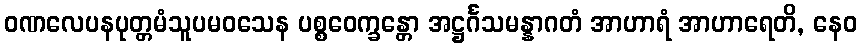
ဝဏလေပနပုတ္တမံသူပမဝသေန ပစ္စဝေက္ခန္တော အဋ္ဌင်္ဂသမန္နာဂတံ အာဟာရံ အာဟာရေတိ, နေဝ